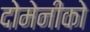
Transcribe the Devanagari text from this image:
दोमेनीको